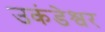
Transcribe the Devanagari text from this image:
उकंडेश्वर